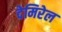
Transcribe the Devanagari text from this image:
देमिरेल